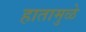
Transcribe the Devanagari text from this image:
हातामुळे